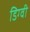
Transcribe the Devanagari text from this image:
डिग्वी